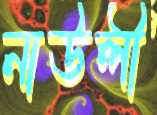
নাউলী